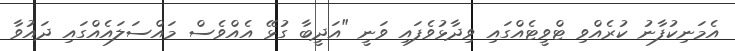
އެމަނިކުފާނު ކުރެއްވި ޓްވީޓެއްގައި ވިދާޅުވެފައި ވަނީ "އަދީބާ ގުޅޭ އެއްވެސް މައްސަލައެއްގައި ދައުވާ